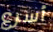
أسرع